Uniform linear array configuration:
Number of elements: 4
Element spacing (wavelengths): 0.25
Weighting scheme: kaiser
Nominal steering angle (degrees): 0
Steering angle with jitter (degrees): -1.587
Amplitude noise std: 0.05
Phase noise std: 0.05

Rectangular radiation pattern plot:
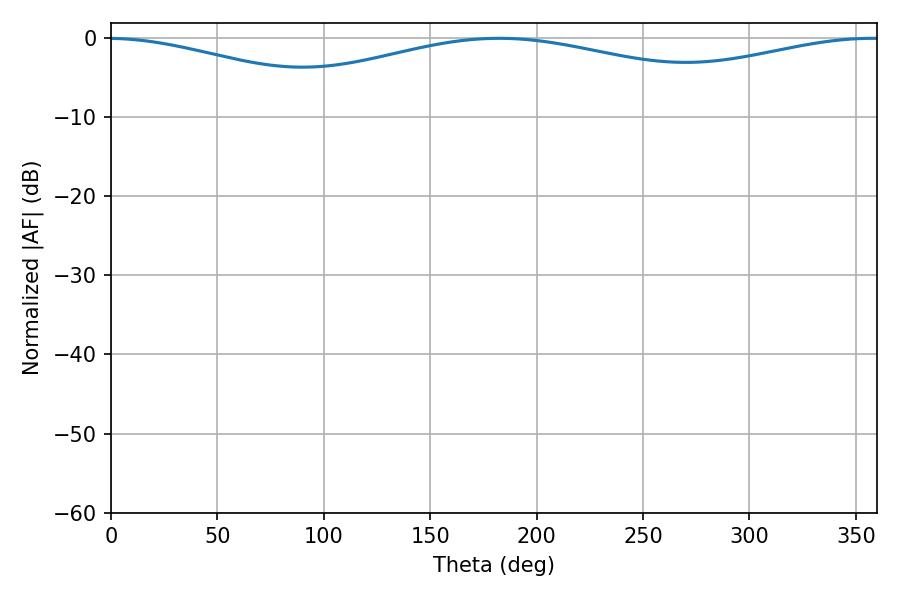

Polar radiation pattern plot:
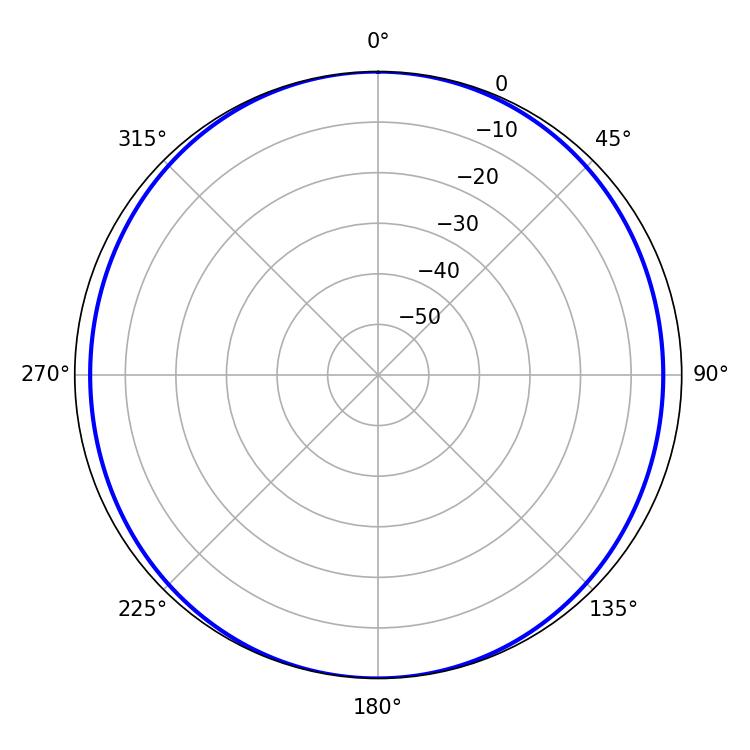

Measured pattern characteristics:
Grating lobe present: FALSE
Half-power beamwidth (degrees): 149.76
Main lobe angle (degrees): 182.34